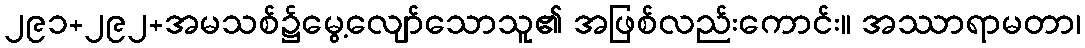
၂၉၁+၂၉၂+အမသစ်၌မွေ့လျော်သောသူ၏ အဖြစ်လည်းကောင်း။ အဿာရာမတာ၊